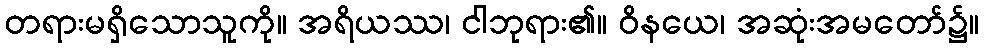
တရားမရှိသောသူကို။ အရိယဿ၊ ငါဘုရား၏။ ဝိနယေ၊ အဆုံးအမတော်၌။